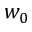
w _ { 0 }